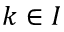
k \in { I }